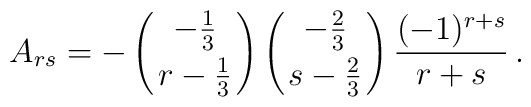
A_{rs}=-\left({-{1\over 3}\atop{r-{1\over 3}}}\right)\left({-{2\over 3}\atop{s-{2\over 3}}}\right){(-1)^{r+s}\over{r+s}}\,.